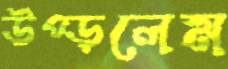
উপ্‌ড়লেম